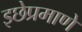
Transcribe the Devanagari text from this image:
इछेप्रमाणे